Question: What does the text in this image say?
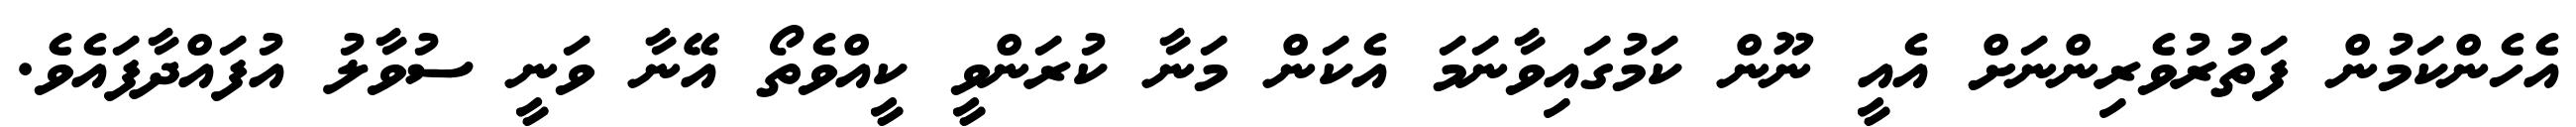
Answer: އެހެންކަމުން ފަތުރުވެރިންނަށް އެއީ ނޫން ކަމުގައިވާނަމަ އެކަން މަނާ ކުރަންވީ ކީއްވެތޯ އޭނާ ވަނީ ސުވާލު އުފައްދާފައެވެ.